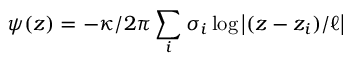
\psi ( z ) = - \kappa / 2 \pi \sum _ { i } \sigma _ { i } \log \left| ( z - z _ { i } ) / \ell \right|